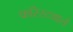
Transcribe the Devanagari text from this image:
फॉरेस्टवाले